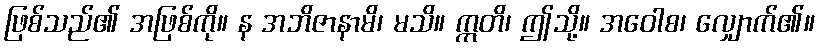
ဖြစ်သည်၏ အဖြစ်ကို။ န အဘိဇာနာမိ၊ မသိ။ ဣတိ၊ ဤသို့။ အဝေါစ၊ လျှောက်၏။